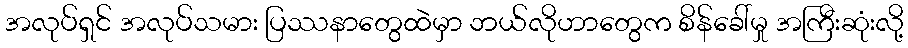
အလုပ်ရှင် အလုပ်သမား ပြဿနာတွေထဲမှာ ဘယ်လိုဟာတွေက စိန်ခေါ်မှု အကြီးဆုံးလို့